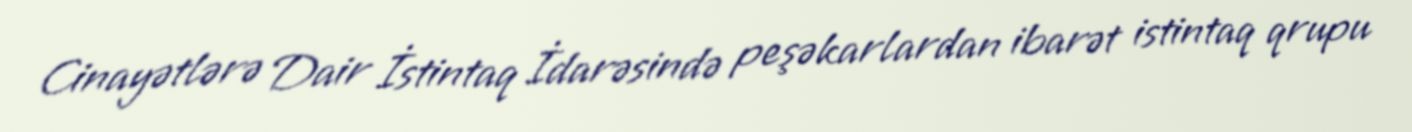
Cinayətlərə Dair İstintaq İdarəsində peşəkarlardan ibarət istintaq qrupu